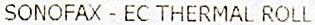
SONOFAX - EC THERMAL ROLL